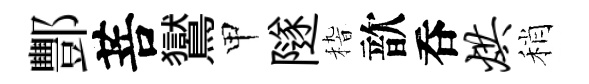
酆菩鸑甲隧𥟵歆呑烘稍